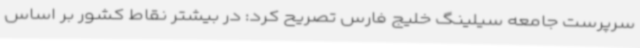
سرپرست جامعه سیلینگ خلیج فارس تصریح کرد: در بیشتر نقاط کشور بر اساس